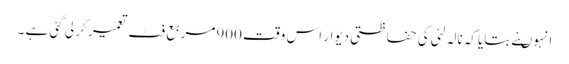
انہوںنے بتایاکہ نالہ لئی کی حفاظتی دیوار اس وقت 900مربع فٹ تعمیر کر لی گئی ہے ۔